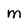
Character: M